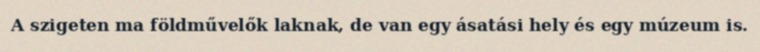
A szigeten ma földművelők laknak, de van egy ásatási hely és egy múzeum is.